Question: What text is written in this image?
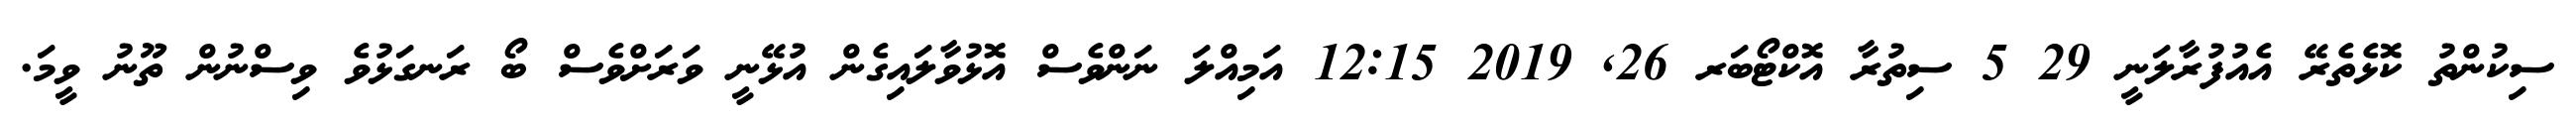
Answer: ސިކުންތު ކޮޅެތެރޭ އެއުފުރާލަނީ 29 5 ސިތުރާ އޮކްޓޯބަރ 26, 2019 12:15 އަމިއްލަ ނަންވެސް އޮޅުވާލައިގެން އުޅޭނީ ވަރަށްވެސް ބޯ ރަނގަޅުވެ ވިސްނުން ތޫނު ވީމަ.